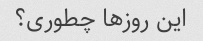
این روزها چطوری؟